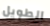
الطويل